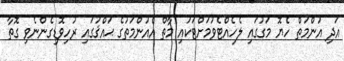
އަދި އުންމަތް ހެޔޮ މަގުގައި ލެހެއްޓެވުމަށްޓަކައި މާތް އެއުންމަތުގެ ޙައްޤުގައި ރުހިވޮޑިގެންނެވި ގޮތާ